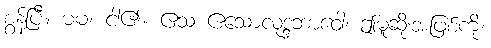
စွန့်ပြီ။ မမ၊ ငါ၏။ ဧသ ဧသောလုဒ္ဒဘာဝေါ၊ ဤမူဆိုးအဖြစ်ကို။